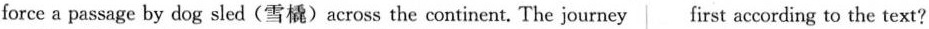
force a passage by dog sled(雪橇)across the continent. The journey first according to the text?